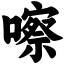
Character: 嚓